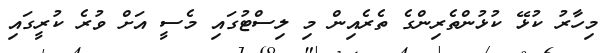
މިހާރު ކުޅޭ ކުޅުންތެރިންގެ ތެރެއިން މި ލިސްޓުގައި މެސީ އަށް ވުރެ ކުރީގައި